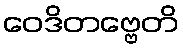
ဝေဒိတဗ္ဗေတိ